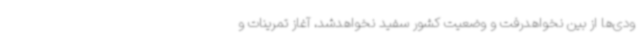
ودی‌ها از بین نخواهدرفت و وضعیت کشور سفید نخواهدشد، آغاز تمرینات و